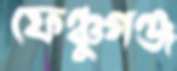
ফেঞ্চুগঞ্জ